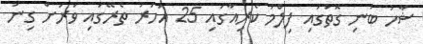
ޝާހު ބުނި ގޮތުގައި ފިލްމު ކެރިއާގައި 25 އަހަރު ތެރޭގައި ވަރަށް ގިނަ